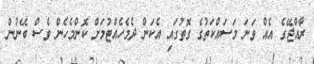
ރާއްޖޭގެ އެއް ވަނަ މަސައްކަތުގެ ގޮތުގައި އެކަން ދެމެހެއްޓުމަށް ކޮންމެހެން ވެސް ބޭނުން